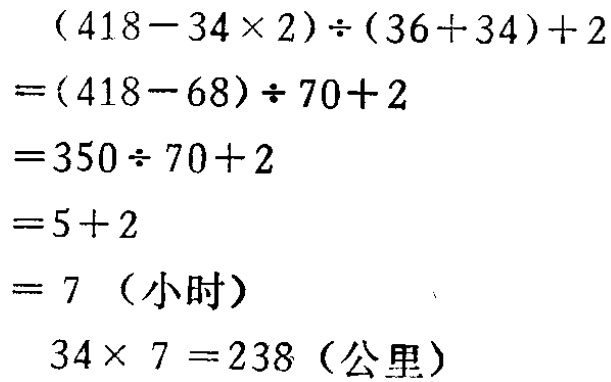
\[

\begin{align*}

&(418 - 34\times2)\div(36 + 34)+2\\

=&(418 - 68)\div70+2\\

=&350\div70+2\\

=&5 + 2\\

=&7 \text{（小时）}\\

&34\times7 = 238 \text{（公里）}

\end{align*}

\]